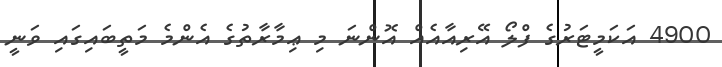
4900 އަކަމީޓަރުގެ ފްލޯ އޭރިއާއެއް އޮންނަ މި ޢިމާރާތުގެ އެންމެ މަތީބައިގައި ވަނީ